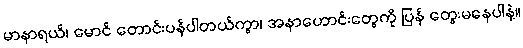
မာနာရယ်၊ မောင် တောင်းပန်ပါတယ်ကွာ၊ အနာဟောင်းတွေကို ပြန် တွေးမနေပါနဲ့။